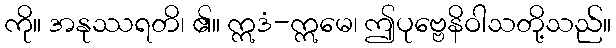
ကို။ အနုဿရတိ၊ ၏။ ဣဒံ-ဣမေ၊ ဤပုဗ္ဗေနိဝါသတို့သည်။